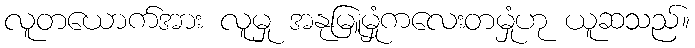
လူတယောက်အား လူမှု အနုမြူမှုံကလေးတမှုံဟု ယူဆသည်။